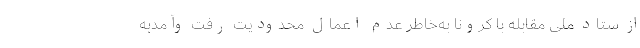
از ستاد ملی مقابله با کرونا به‌خاطر عدم اعمال محدودیت رفت وآمدبه